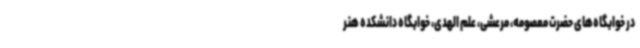
در خوابگاه‌های حضرت معصومه، مرعشی، علم الهدی، خوابگاه دانشکده هنر